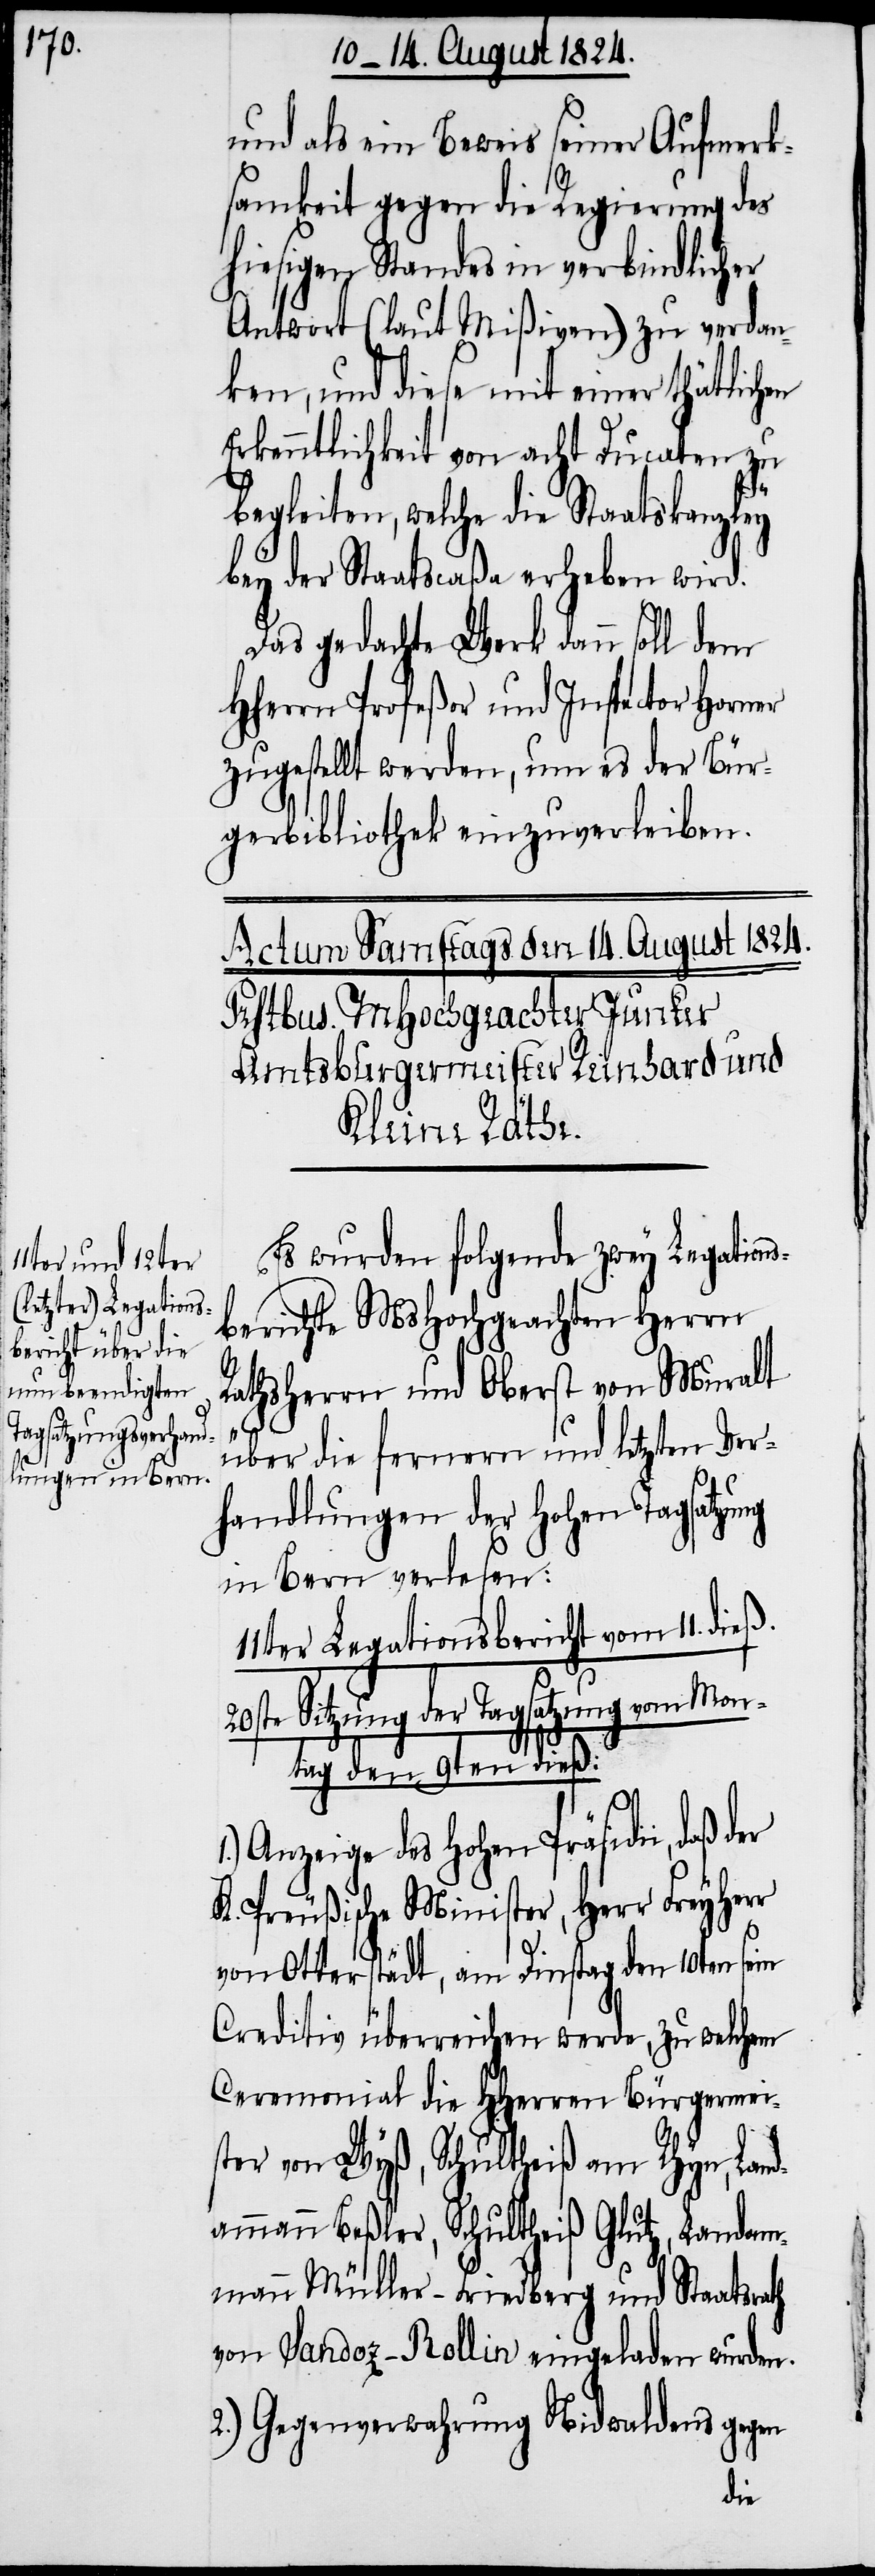
und als ein Beweis seiner Aufmerk¬
samkeit gegen die Regierung des
hiesigen Standes in verbindlicher
Antwort (laut Mißiven) zu verdan¬
ken, und diese mit einer thätlichen
Erkenntlichkeit von acht Ducaten zu
begleiten, welche die Staatskanzley
bey der Staatscaßa erheben wird.
Das gedachte Werk dann soll dem
HHerrn Profeßor und Inspector Horner
zugestellt werden, um es der Bür¬
gerbibliothek einzuverleiben.
Es wurden folgende zwey Legations¬
berichte MsHochgeachten Herrn
Rathsherrn und Oberst von Muralt
über die fernern und letzten Ver¬
handlungen der Hohen Tagsatzung
in Bern verlesen:
11ter Legationsbericht vom 11. dieß.
20ste Sitzung der Tagsatzung vom Mon¬
tag den 9ten dieß:
1.) Anzeige des Hohen Präsidii, daß der
K. Preußische Minister, Herr Freyherr
von Otterstädt, am Dienstag den 10ten sein
Creditiv überreichen werde, zu welchem
Ceremonial die HHerren Bürgermei¬
ster von Wyß, Schultheiß am Rhyn, Land¬
ammann Beßler, Schultheiß Glutz, Landam¬
mann Müller-Friedberg und Staatsrath
von Sandoz-Rollin eingeladen wurden.
2.) Gegenverwahrung Nidwaldens gegen